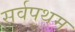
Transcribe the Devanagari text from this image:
सर्वपथम